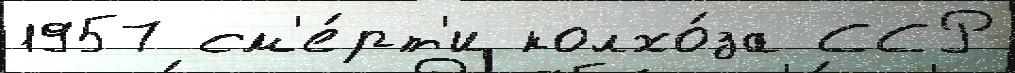
1957 см'е́рт'и колхо́за ССР